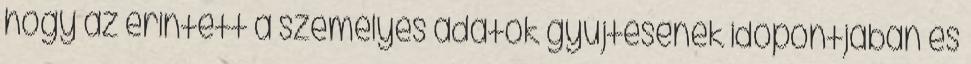
hogy az érintett a személyes adatok gyűjtésének időpontjában és